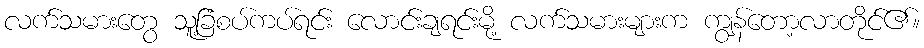
လက်သမားတွေ သူ့ခြံစပ်ကပ်ရင်း လောင်းချရင်းမို့ လက်သမားများက ကျွန်တော့လာတိုင်၏။